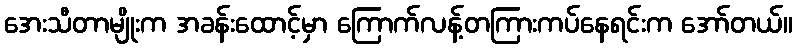
အေးသီတာမျိုးက အခန်းထောင့်မှာ ကြောက်လန့်တကြားကပ်နေရင်းက အော်တယ်။